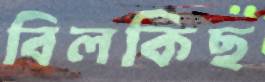
বিলকিছ